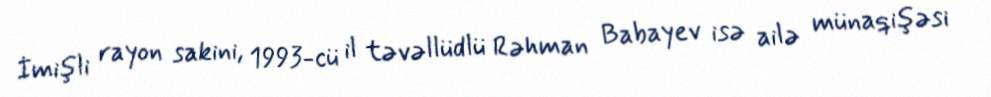
İmişli rayon sakini, 1993-cü il təvəllüdlü Rəhman Babayev isə ailə münaqişəsi